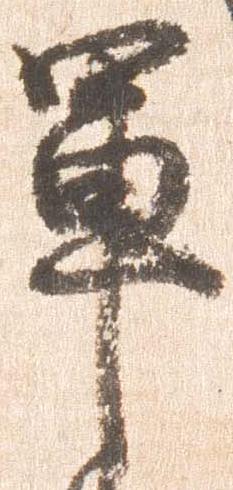
軍